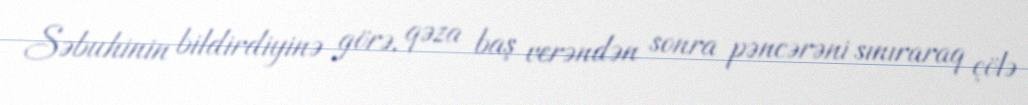
Səbuhinin bildirdiyinə görə, qəza baş verəndən sonra pəncərəni sınıraraq çölə